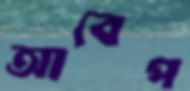
আবেপ